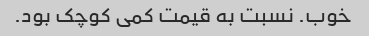
خوب. نسبت به قیمت کمی کوچک بود.